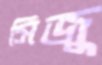
সিজু